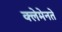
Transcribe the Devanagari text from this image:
क्लेमेनते